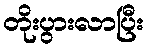
တိုးပွားလာပြီး